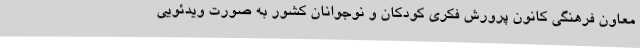
معاون فرهنگی کانون پرورش فکری کودکان و نوجوانان کشور به صورت ویدئویی